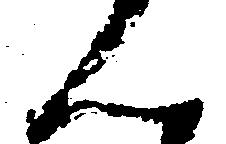
ん